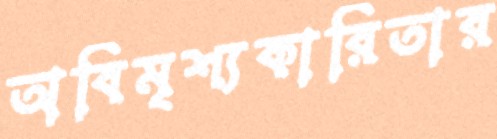
অবিমৃশ্যকারিতার